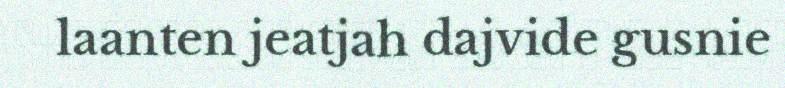
laanten jeatjah dajvide gusnie